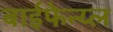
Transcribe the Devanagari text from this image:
बाईफेन्य्ल